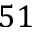
5 1